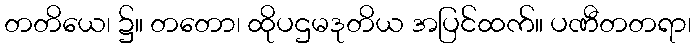
တတိယေ၊ ၌။ တတော၊ ထိုပဌမဒုတိယ အပြင်ထက်။ ပဏီတတရာ၊